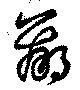
羸